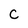
Character: C